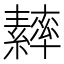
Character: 𦆾